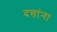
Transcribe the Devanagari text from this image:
दत्तांना